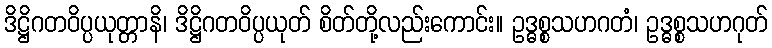
ဒိဋ္ဌိဂတဝိပ္ပယုတ္တာနိ၊ ဒိဋ္ဌိဂတဝိပ္ပယုတ် စိတ်တို့လည်းကောင်း။ ဥဒ္ဓစ္စသဟဂတံ၊ ဥဒ္ဓစ္စသဟဂုတ်